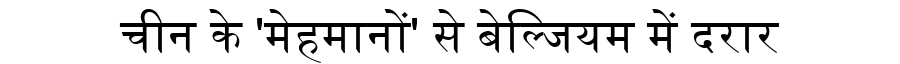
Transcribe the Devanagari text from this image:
चीन के 'मेहमानों' से बेल्जियम में दरार